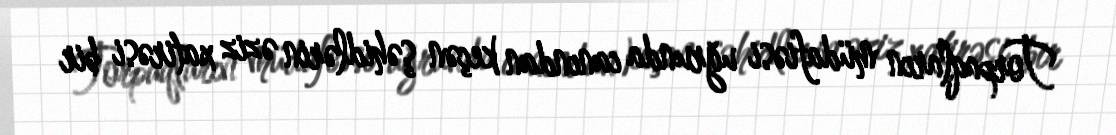
Torpaqların müdafiəsi uğrunda canından keçən şəhidlərin əziz xatirəsi bir